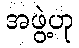
အဖွဲ့ဟု